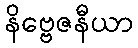
နိဗ္ဗေဇနီယာ